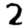
Digit: 2